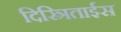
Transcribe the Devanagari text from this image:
दिस्त्रिताईस